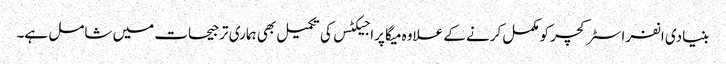
بنیادی انفراسٹرکچر کومکمل کرنے کے علاوہ میگا پراجیکٹس کی تکمیل بھی ہماری ترجیحات میں شامل ہے۔